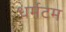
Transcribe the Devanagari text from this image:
धर्मटम